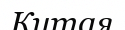
Китая